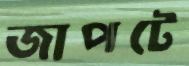
জাপটে